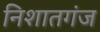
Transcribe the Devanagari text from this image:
निशातगंज